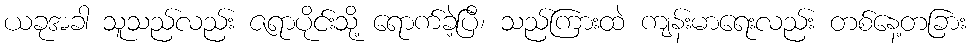
ယခုအခါ သူသည်လည်း ဇရာပိုင်းသို့ ရောက်ခဲ့ပြီ၊ သည်ကြားထဲ ကျန်းမာရေးလည်း တစ်နေ့တခြား